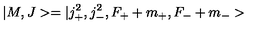
| M , J > = | j _ { + } ^ { 2 } , j _ { - } ^ { 2 } , F _ { + } + m _ { + } , F _ { - } + m _ { - } >